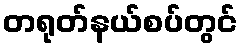
တရုတ်နယ်စပ်တွင်